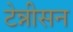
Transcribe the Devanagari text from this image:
टेन्नीसन